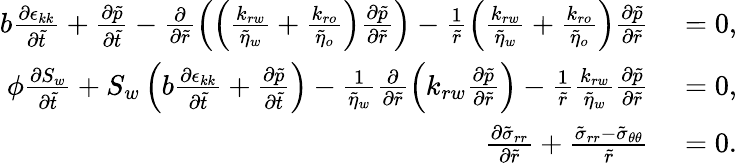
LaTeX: \begin{array}{rl}{b\frac{\partial\epsilon_{kk}}{\partial\tilde{t}}+\frac{\partial\tilde{p}}{\partial\tilde{t}}-\frac{\partial}{\partial\tilde{r}}\left(\left(\frac{k_{rw}}{\tilde{\eta}_{w}}+\frac{k_{ro}}{\tilde{\eta}_{o}}\right)\frac{\partial\tilde{p}}{\partial\tilde{r}}\right)-\frac{1}{\tilde{r}}\left(\frac{k_{rw}}{\tilde{\eta}_{w}}+\frac{k_{ro}}{\tilde{\eta}_{o}}\right)\frac{\partial\tilde{p}}{\partial\tilde{r}}}&{{}=0,}\\ {\phi\frac{\partial S_{w}}{\partial\tilde{t}}+S_{w}\left(b\frac{\partial\epsilon_{kk}}{\partial\tilde{t}}+\frac{\partial\tilde{p}}{\partial\tilde{t}}\right)-\frac{1}{\tilde{\eta}_{w}}\frac{\partial}{\partial\tilde{r}}\left(k_{rw}\frac{\partial\tilde{p}}{\partial\tilde{r}}\right)-\frac{1}{\tilde{r}}\frac{k_{rw}}{\tilde{\eta}_{w}}\frac{\partial\tilde{p}}{\partial\tilde{r}}}&{{}=0,}\\ {\frac{\partial\tilde{\sigma}_{rr}}{\partial\tilde{r}}+\frac{\tilde{\sigma}_{rr}-\tilde{\sigma}_{\theta\theta}}{\tilde{r}}}&{{}=0.}\end{array}